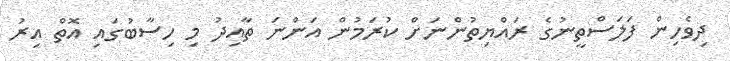
ދިވެހިން ފަލަސްތީނުގެ ރައްޔިތުންނަށް ކުރަމުން އަންނަ ތާއިދު މި ހިސާބުގައި އޮތް އިރު